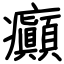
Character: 癲